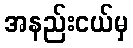
အနည်းငယ်မှ